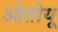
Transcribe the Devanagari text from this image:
ओतोयू